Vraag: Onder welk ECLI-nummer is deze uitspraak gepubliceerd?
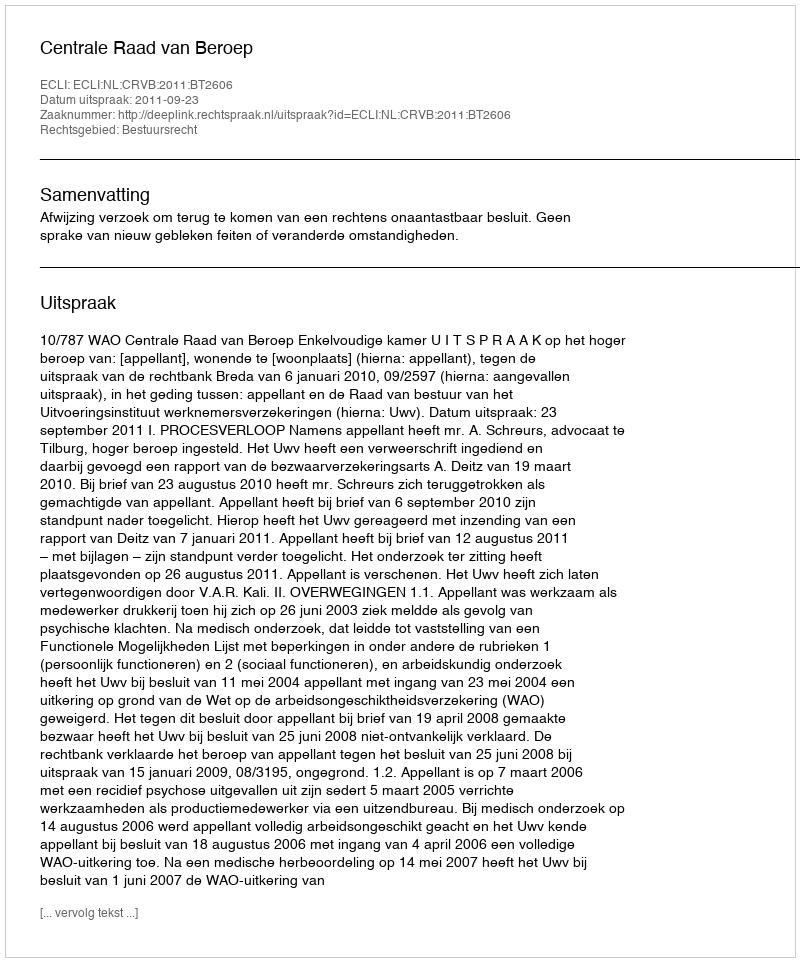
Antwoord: ECLI:NL:CRVB:2011:BT2606